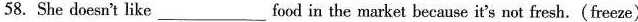
58. She doesn't like___food in the market because it's not fresh.(freeze)